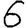
Digit: 6